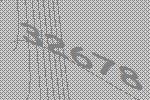
32678